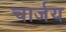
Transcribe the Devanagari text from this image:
चार्जय